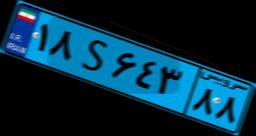
۱۸S۶۴۳۸۸